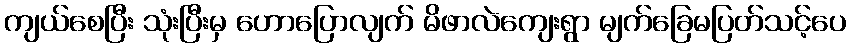
ကျယ်စေပြီး သုံးပြီးမှ ဟောပြောလျက် မိဖာလဲကျေးရွာ မျက်ခြေမပြတ်သင့်ပေ